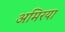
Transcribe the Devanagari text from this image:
अमिरया